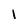
Character: 1